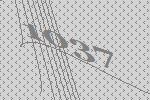
1037